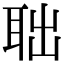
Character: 聉